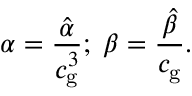
\alpha = \frac { \hat { \alpha } } { c _ { \mathrm { g } } ^ { 3 } } ; \; \beta = \frac { \hat { \beta } } { c _ { \mathrm { g } } } .